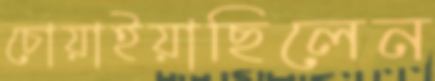
চোয়াইয়াছিলেন